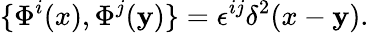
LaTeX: \{ \Phi^{i}(x),\Phi^{j}(\mathbf{y})\} =\epsilon^{ij}\delta^{2}(x-\mathbf{y}).